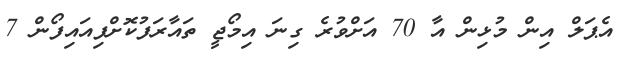
އެޕަލް އިން މުޅިން އާ 70 އަށްވުރެ ގިނަ އިމޯޖީ ތައާރަފުކޮށްފިއައިފޯން 7